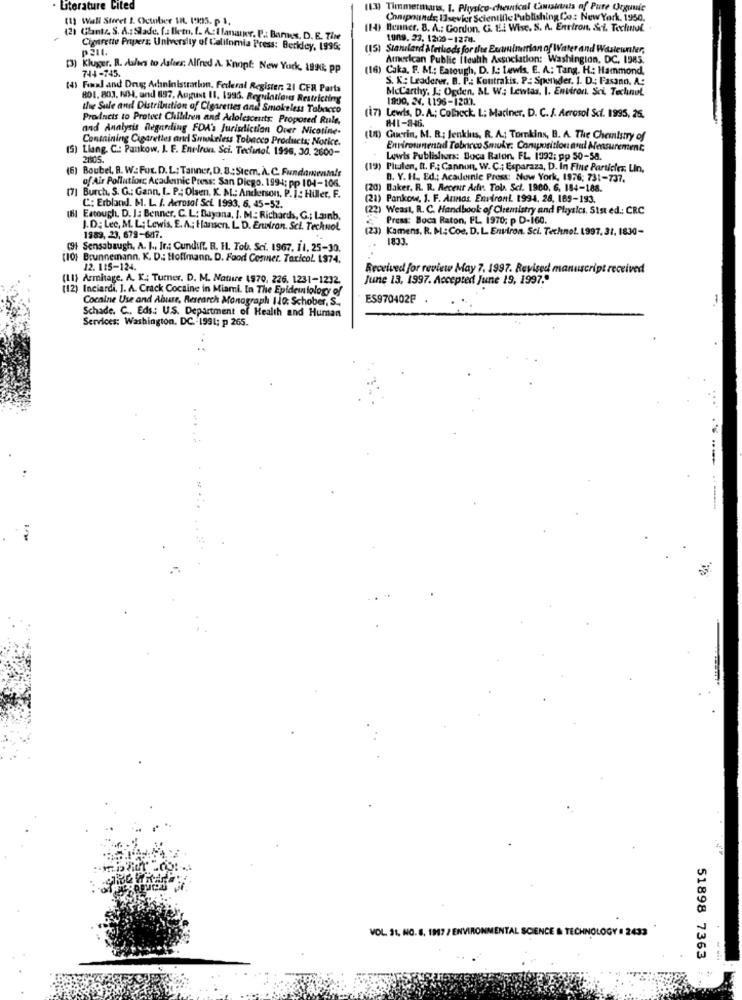
Literature Cited
(13) Timm
ermuss, I. Physico-chemical Ca
Pure Organic
(1) Wall Street I. October 1. 1335. p 1.
Chnipounds, Ilsevier Scientific Publishing Co: New York, 1950.
(14) Benner. 8. A .: Gordon, C. E.i Wise. S. A. Environ, Sci. Techutol
(2) Glantz S. A .: Slade, falletn. L. A:Ilanainr. P .: Bares, D. E. The
tun9. 23. 1200-1278.
Cigarette Propers. University of California Press: Berkley, 1995;
p211.
(15) Standard & fetlods for the Examination of Water and Wastewriter,
American Public iloutth Association: Washington, DC. 1985.
[3) Kluger. B. Ashes to Ashes. Alfred A. Knopf: New York, 1996; pp
744-745.
(16) Caka. F. &f .: Eatough, D. I .: Lewis, E. A .: Tang. H .; Hammond.
S. K .: Leaderer. B. P .: Koutrakis. P: Spender. 1. D .; Fasann. A .:
(4) Fand and Drug Administration. Federal Register: 21 CFR Parts
Mccarthy, J: Ogden, BL W :: Lewtas, I. Environ. Sci. Technot
801. 803, NJ, and 897. August 11, 1995. Regulations Restricting
1800, 24. 1196-1201.
the Sule and Distribution of Cigarettes and Smokeless Tabacco
Products to Protect Children and Adolescents: Proposed Rule,
(i7) Lewis, D. A .; Colock. I .; Mariner, D. C. f. Aerosol Scf. 1995, 25.
#41-846.
and Analysis Regarding FDA's Jurisdiction Over Nicotine-
Containing Cigarettes and Smokeless Tobacco Products: Notice.
A) Guerin, M. R .; Jenkins, R. A .: Tomkins, B. A. The Chemistry of
(5) Liang. C .: Pankow. J. F. Enelrun. Sci. Technol. 1996, 30, 2600-
Environmentand Tobarco Smukt: Composition and Measurement;
2805.
Lewis Publishers: Boca Raton. FL. 1993: pp 50-58.
(6) Boubel, R. W .: Fox. D. L; Tanner, D.B .: Stem. À. C. Fundammm!r
(19) Pltalen, I. F .; Cannon, W. C .; Esparaza, D. In Fine Particles. Lin,
B. Y. H. Ed .; Academic Press: Now York, 1976; 731-737.
of Air Pollutionr, Academic Press: San Diego. 199-4; pp 104-106.
(20) Baker, R. R. Recent Acı. Tol. Sci. 1900, 6. 184-188.
[7] Burch, S. G .; Gann, I. P .; Olsen. K. M .: Anderson, P. I .: Hiller, F.
(21) Pankow, 1. F. Armas. Environi. 1994, 28, 189-193.
C: Erbland. M. L. I. Aerosol Sci. 1993, 6. 45-52.
(22) Weast, R. C. Handbook of Chemistry and Physics. Sist ed .: CRC
(8) Eatough, D. J: Benner. C. L: Bayona, I. M. Richards, G .; Lainb,
Press: Boca Raton, FL. 1970; p D-160.
J. D: Lec, M. L; Lewis, E.A .; Hansen. L. D. Environ. Sci. Technol,
(23) Kamens. R. M .: Coe. D.L. Environ. Sci. Technol. 1997, 31, 1830-
1989, 23, 679-6417.
1833.
(9) Sensabaugh, A. I ., Ir .; Cundiff. B. IL. Tob. Sci. 1967. 11. 25-30.
(10) Brunnemann, K. D .: Hoffmann. D. Food Cesmer. Taricol. 1974.
12. 115-124.
Received for review May 7, 1997. Revised manuscript received
(11) Armitage. A. K .: Turner. D. M. Nature 1970, 226, 1231-1232.
June 13, 1997. Accepted June 19, 1997."
(12) Inciardi, J. A. Crack Cocaine in Miami. In The Epidemi ology of
Cocaine Use and Abuse, Research Monograph 110: Schober, S .,
ES970402F
Schade. C .. Eds .: U.S. Department of Health and Human
Services: Washington, DC. 1991; p 265.
VOL. 31, NO. 6. 1917 / ENVIRONMENTAL SCIENCE & TECHNOLOGY # 2433
51898 7363